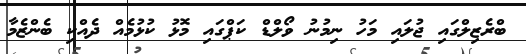
ބްރެޒިލްގައި ޖުލައި މަހު ނިމުނު ވޯލްޑް ކަޕްގައި މޮޅު ކުޅުމެއް ދެއްކި ބެންޒެމާ